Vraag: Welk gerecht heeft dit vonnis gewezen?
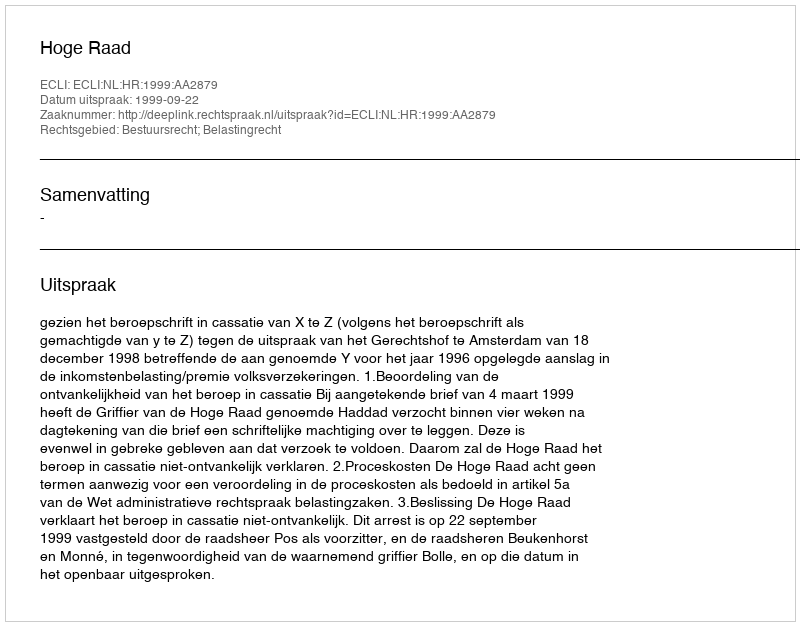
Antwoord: Hoge Raad